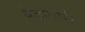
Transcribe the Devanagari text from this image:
पैदावारी